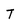
Character: T